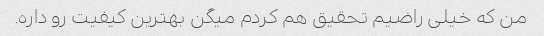
من که خیلی راضیم تحقیق هم کردم میگن بهترین کیفیت رو داره.